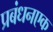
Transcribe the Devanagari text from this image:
प्रबंधनएक